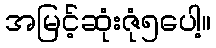
အမြင့်ဆုံးဇုံ၅ပေါ့။